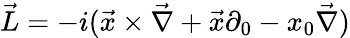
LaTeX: \vec{L}=-i(\vec{x}\times\vec{\nabla}+\vec{x}\partial_{0}-x_{0}\vec{\nabla})